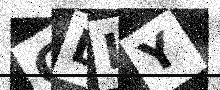
Text: ODIY